Annual report on the working of the lock hospitals in the North-Western Provinces and Oudh
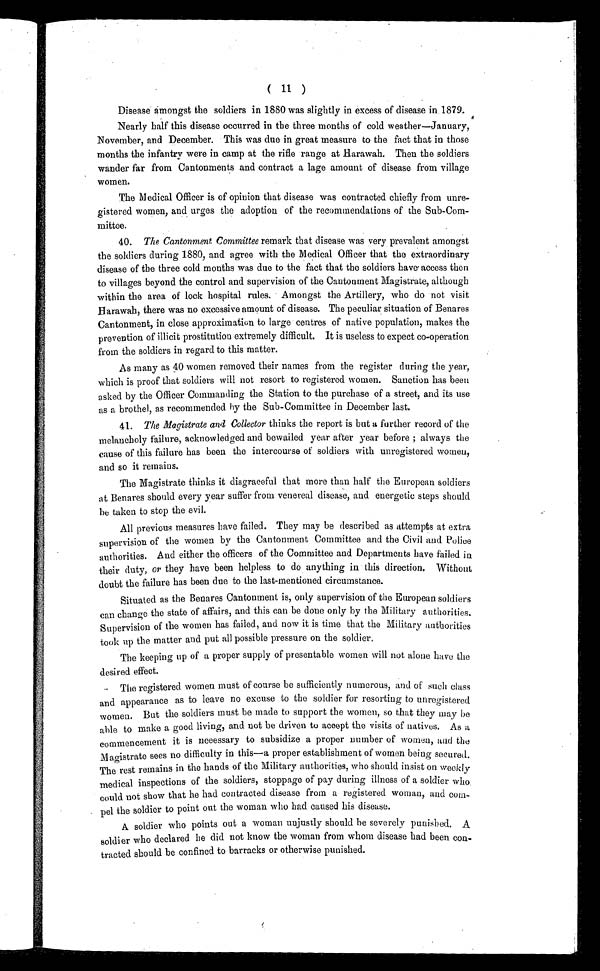
( 11 )
Disease amongst the soldiers in 1880 was slightly in excess of disease in 1879.
Nearly half this disease occurred in the three months of cold weather—January,
November, and December. This was due in great measure to the fact that in those
months the infantry were in camp at the rifle range at Harawah. Then the soldiers
wander far from Cantonments and contract a lage amount of disease from village
women.
The Medical Officer is of opinion that disease was contracted chiefly from unre-
gistered women, and urges the adoption of the recommendations of the Sub-Com-
mittee.
40. The Cantonment Committee remark that disease was very prevalent amongst
the soldiers during 1880, and agree with the Medical Officer that the extraordinary
disease of the three cold months was due to the fact that the soldiers shave access then
to villages beyond the control and supervision of the Cantonment Magistrate, although
within the area of lock hospital rules. Amongst the Artillery, who do not visit
Harawah, there was no excessive amount of disease. The peculiar situation of Benares
Cantonment, in close approximation to large centres of native population, makes the
prevention of illicit prostitution extremely difficult. It is useless to expect co-operation
from the soldiers in regard to this matter.
As many as 40 women removed their names from the register during the year,
which is proof that soldiers will not resort to registered women. Sanction has been
asked by the Officer Commanding the Station to the purchase of a street, and its use
as a brothel, as recommended by the Sub-Committee in December last.
41.The Magistrate and Collector thinks the report is but a further record of the
melancholy failure, acknowledged and bewailed year after year before ; always the
cause of this failure has been the intercourse of soldiers with unregistered women,
and so it remains.
The Magistrate thinks it disgraceful that more than half the European soldiers
at Benares should every year suffer from venereal disease, and energetic steps should
be taken to stop the evil.
All previous measures have failed. They may be described as attempts at extra
supervision of the women by the Cantonment Committee and the Civil and Police
authorities. And either the officers of the Committee and Departments have failed in
their duty, or they have been helpless to do anything in this direction. Without
doubt the failure has been due to the last-mentioned circumstance.
Situated as the Benares Cantonment is, only supervision of the European soldiers
can change the state of affairs, and this can be done only by the Military authorities.
Supervision of the women has failed, and now it is time that the Military authorities
took up the matter and put all possible pressure on the soldier.
The keeping up of a proper supply of presentable women will not alone have, the
desired effect.
The registered women must of course be sufficiently numerous, and of such class
and appearance as to leave no excuse to the soldier for resorting to unregistered
women. But the soldiers must be made to support the women, so that they may be
able to make a good living, and not be driven to accept the visits of natives. As a
commencement it is necessary to subsidize a proper number of women, and the
Magistrate sees no difficulty in this—a proper establishment of women being secured.
The rest remains in the hands of the Military authorities, who should insist on weekly
medical inspections of the soldiers, stoppage of pay during illness of a soldier who.
could not show that he had contracted disease from a registered woman, and com-
pel the soldier to point out the woman who had caused his disease.
A soldier who points out a woman unjustly should be severely punished. A
soldier who declared he did not know the woman from whom disease had been con-
tracted should be confined to barracks or otherwise punished.